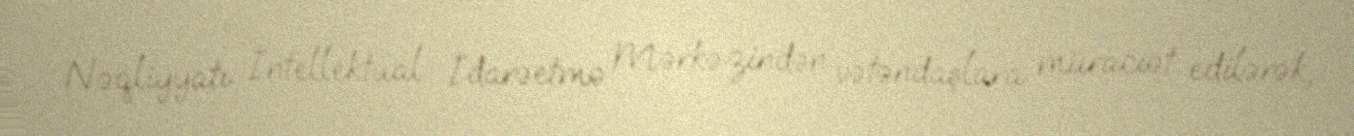
Nəqliyyatı İntellektual İdarəetmə Mərkəzindən vətəndaşlara müraciət edilərək,